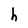
Character: h